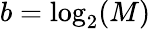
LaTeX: b=\log_{2}(M)